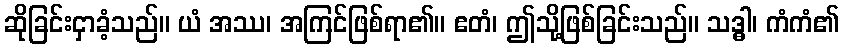
ဆိုခြင်းငှာခံ့သည်။ ယံ အဿ၊ အကြင်ဖြစ်ရာ၏။ ဧတံ၊ ဤသို့ဖြစ်ခြင်းသည်။ သဒ္ဓါ၊ ကံကံ၏